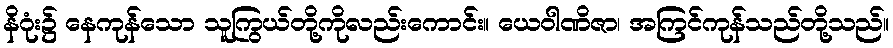
နိဂုံး၌ နေကုန်သော သူကြွယ်တို့ကိုလည်းကောင်း။ ယေဝါဏိဇာ၊ အကြင်ကုန်သည်တို့သည်။